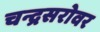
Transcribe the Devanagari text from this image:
चन्द्रसरोवर